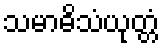
သမာဓိသံယုတ္တံ